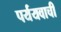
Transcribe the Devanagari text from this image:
पर्ययवाची